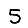
Digit: 5